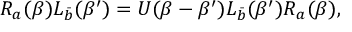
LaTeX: R _ { a } ( \beta ) L _ { \bar { b } } ( \beta ^ { \prime } ) = U ( \beta - \beta ^ { \prime } ) L _ { \bar { b } } ( \beta ^ { \prime } ) R _ { a } ( \beta ) ,